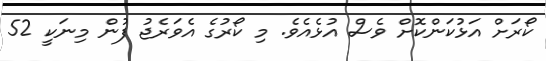
ކޯރަށް އަޅުކަންކޮށް ވެސް އުޅެއެވެ. މި ކޯރުގެ އެވަރެޖު ފުން މިނަކީ 52